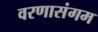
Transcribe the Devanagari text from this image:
वरणासंगम